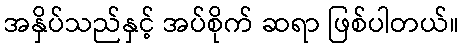
အနှိပ်သည်နှင့် အပ်စိုက် ဆရာ ဖြစ်ပါတယ်။